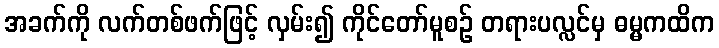
အခက်ကို လက်တစ်ဖက်ဖြင့် လှမ်း၍ ကိုင်တော်မူစဉ် တရားပလ္လင်မှ ဓမ္မကထိက